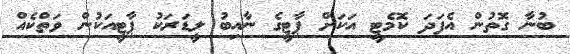
ބުނާ ގޮތުން އެފަދަ ކޮމެޓީ އަކަށް ޕާޓީގެ ނާއިބު ލީޑަރަކު ޕާޓީއަކުން ވަތްކެއް